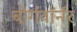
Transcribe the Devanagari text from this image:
बोर्गवॉर्नर